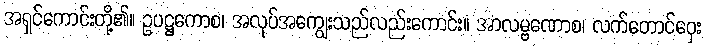
အရှင်ကောင်းတို့၏။ ဥပဋ္ဌကောစ၊ အလုပ်အကျွေးသည်လည်းကောင်း။ အာလမ္ဗဏောစ၊ လက်တောင်ဝှေး